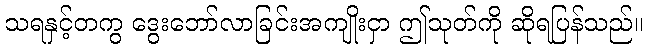
သရနှင့်တကွ ဒွေးဘော်လာခြင်းအကျိုးငှာ ဤသုတ်ကို ဆိုရပြန်သည်။